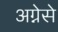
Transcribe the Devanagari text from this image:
अग्नेसे